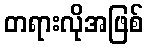
တရားလိုအဖြစ်